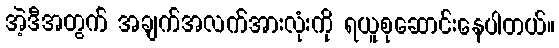
အဲ့ဒီအတွက် အချက်အလက်အားလုံးကို ရယူစုဆောင်းနေပါတယ်။